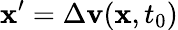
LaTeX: \mathbf{x}^{\prime}=\Delta\mathbf{v}(\mathbf{x},t_{0})